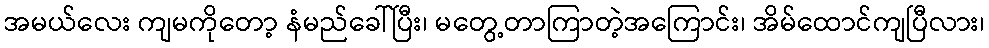
အမယ်လေး ကျမကိုတော့ နံမည်ခေါ်ပြီး၊ မတွေ့တာကြာတဲ့အကြောင်း၊ အိမ်ထောင်ကျပြီလား၊